King Institute of Preventive Medicine Micro-Biological Section reports 1912-19
Year: 1912
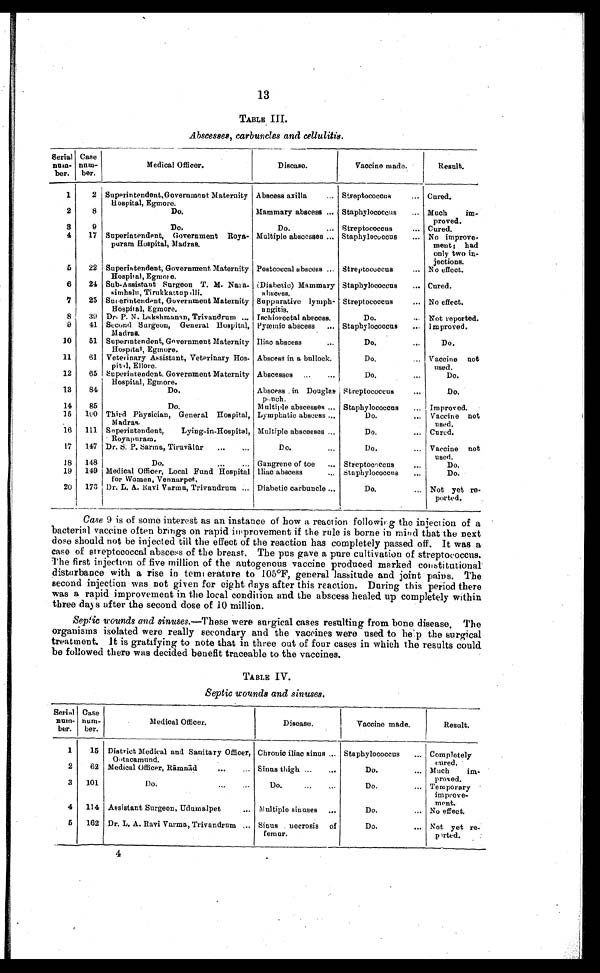
13
TABLE III.
Abscesses, carbuncles and cellulitis.
Serial
num-
ber.
Case
num-
ber.
Medical Officer.
Disease.
Vaccine made.
Result.
1
2 Superintendent,Government Maternity
Hospital, Egmore.
Abscess axilla . . .
Streptococcus . . .
Cured.
2
8
Do.
Mammary abscess . . . Staphylococcus . . .
Much im-
proved.
3
9
Do.
Do. . . . Streptococcus . . . Cured.
4
17 Superintendent, Government Roya-
puram Hospital, Madras.
Multiple abscesses . . . Staphylococcus . . . No improve-
ment; had
only two in-
jections.
5
22 Superintendent, Government Maternity
Hospital, Egmore.
Postcoccal abscess . . . Streptococcus . . . No effect.
6
24 Sub-Assistant Surgeon T. M. Nara-
simhalu, Tirukkattupilli.
(Diabetic) Mammary
abscess.
Staphylococcus . . . Cured.
7
25 Superintendent, Government Maternity
Hospital, Egmore.
Suppurative lymph-
angitis.
Streptococcus . . . No effect.
8
39 Dr. P. N. Lakshmanan, Trivandrum . . . Ischiorectal abscess.
Do.
Not reported.
9
41 Second Surgeon, General Hospital,
Madras.
Pyæmic abscess . . . Staphylococcus . . . Improved.
10
51 Superintendent, Government Maternity
Hospital, Egmore.
Iliac abscess . . .
Do. . . .
Do.
11
61 Veterinary Assistant, Veterinary Hos-
pital, Ellore.
Abscess in a bullock.
Do. . . . Vaccine not
used.
12
65 Superintendent. Government Maternity
Hospital, Egmore.
Abscesses . . .
Do. . . .
Do.
13
84
Do.
Abscess in Douglas
ponch.
Streptococcus . . .
Do.
14
85
Do.
Multiple abscesses . . . Staphylococcus . . . Improved.
15
l00 Third Physician, General Hospital,
Madras.
Lymphatic abscess . . .
Do. . . . Vaccine not
used.
16
111 Superintendent, Lying-in-Hospital,
Royapuram.
Multiple abscesses . . .
Do. . . . Cured.
17
147 Dr, S. P. Sarma, Tiruvā l ū r . . .
Do. . . .
D o . . . . Vaccine not
used.
18
148
Do. . . . Gangrene of toe . . . Streptococcus . . .
Do.
19
149 Medical Officer, Local Fund Hospital
for Women, Vennarpet.
Iliac abscess . . . Staphylococcus . . .
Do.
20
173 Dr. L. A. Ravi Varma, Trivandrum
. . . Diabetic carbuncle . . .
Do. . . . Not yet re-
ported.
Case 9 is of some interest as an instance of how a reaction following the injection of a
bacterial vaccine often brings on rapid improvement if the rule is borne in mind that the next
dose should not be injected till the effect of the reaction has completely passed off. It was a
case of streptococcal abscess of the breast. The pus gave a pure cultivation of streptococcus.
The first injection of five million of the autogenous vaccine produced marked constitutional
disturbance with a rise in temperature to 105°F, general lassitude and joint pains. The
second injection was not given for eight days after this reaction. During this period there
was a rapid improvement in the local condition and the abscess healed up completely within
three days after the second dose of 10 million.
Septic wounds and sinuses.—These were surgical cases resulting from bone disease. The
organisms isolated were really secondary and the vaccines were used to help the surgical
treatment. It is gratifying to note that in three out of four cases in which the results could
be followed there was decided benefit traceable to the vaccines.
TABLE IV.
Septic wounds and sinuses.
Serial
num-
ber.
Case
num-
ber.
Medical Officer.
Disease.
Vaccine made.
Result.
1
15 District Medical and Sanitary Officer,
Outacamund.
Chronic iliac sinus . . . Staphylococcus . . . Completely
cured.
2
62 Medical Officer, R āmnād . . . Sinus thigh . . .
Do. . . . Much im-
proved.
3
101
Do. . . .
Do. . . .
D o . . . . Temporary
improve-
ment.
4
114 Assistant Surgeon, Udumalpet . . . Multiple sinuses . . .
Do. . . . No effect.
5
162 Dr. L. A. Ravi Varma, Trivandrum . . . Sinus necrosis of
f e m u r .
Do. . . . Not yet re-
ported.
4